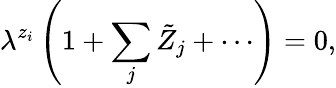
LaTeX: \lambda^{z_{i}}\left(1+\sum_{j}\tilde{Z}_{j}+\cdots\right)=0,